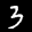
Label: 3